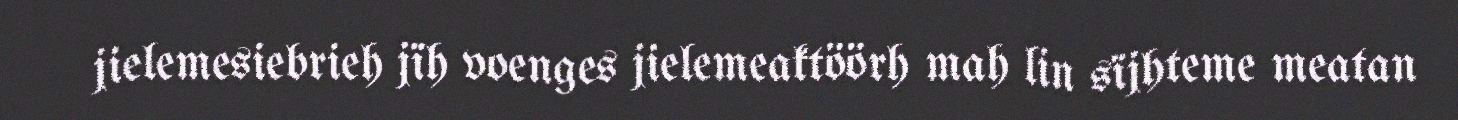
jielemesiebrieh jïh voenges jielemeaktöörh mah lin sïjhteme meatan